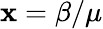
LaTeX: \mathbf{x}=\beta/\mu